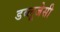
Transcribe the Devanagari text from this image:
डब्लूजेसी